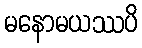
မနောမယဿပိ